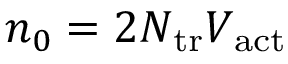
n _ { 0 } = 2 N _ { \mathrm { t r } } V _ { \mathrm { a c t } }